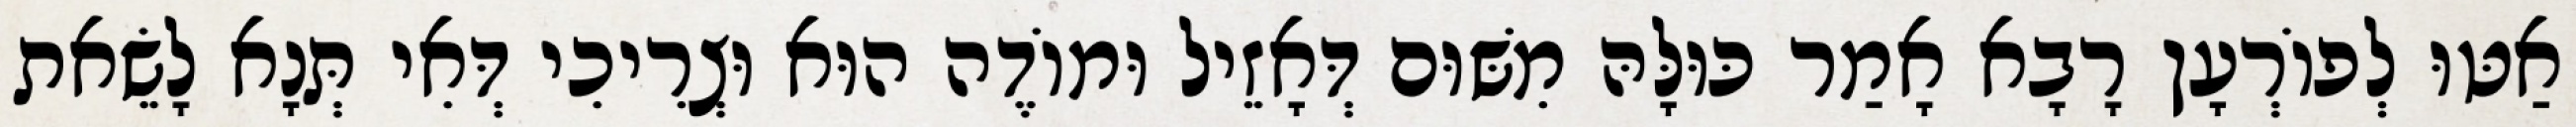
אַטּוּ לְפוֹרְעָן רָבָא אָמַר כּוּלָּהּ מִשּׁוּם דְּאָזֵיל וּמוֹדֶה הוּא וּצְרִיכִי דְּאִי תְּנָא לָשֵׂאת